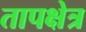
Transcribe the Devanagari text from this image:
तापक्षेत्र